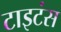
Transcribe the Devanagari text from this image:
टाइटंस